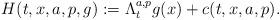
LaTeX: \begin{align*}H(t,x,a,p,g) := \Lambda^{a,p}_t g(x) + c(t,x,a,p).\end{align*}